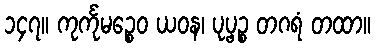
၁၄၇။ ကုင်္ကုမဉ္စေဝ ယဝန၊ ပုပ္ဖဉ္စ တဂရံ တထာ။